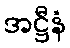
အဋ္ဌီနံ